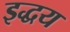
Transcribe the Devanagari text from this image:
इद्धय